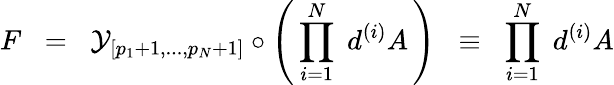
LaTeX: F\; \; =\; \; {\cal{Y}}_{[p_{1}+1,...,p_{N}+1]}\circ\left(\, \prod_{i=1}^{N}\; d^{(i)}A\, \right)\; \; \equiv\; \; \prod_{i=1}^{N}\; d^{(i)}A